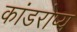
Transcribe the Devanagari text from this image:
कांडरोप्य